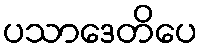
ပသာဒေတိပေ